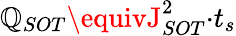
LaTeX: \mathbb{Q}_{SOT}\equivJ_{SOT}^{2}{·}t_{s}